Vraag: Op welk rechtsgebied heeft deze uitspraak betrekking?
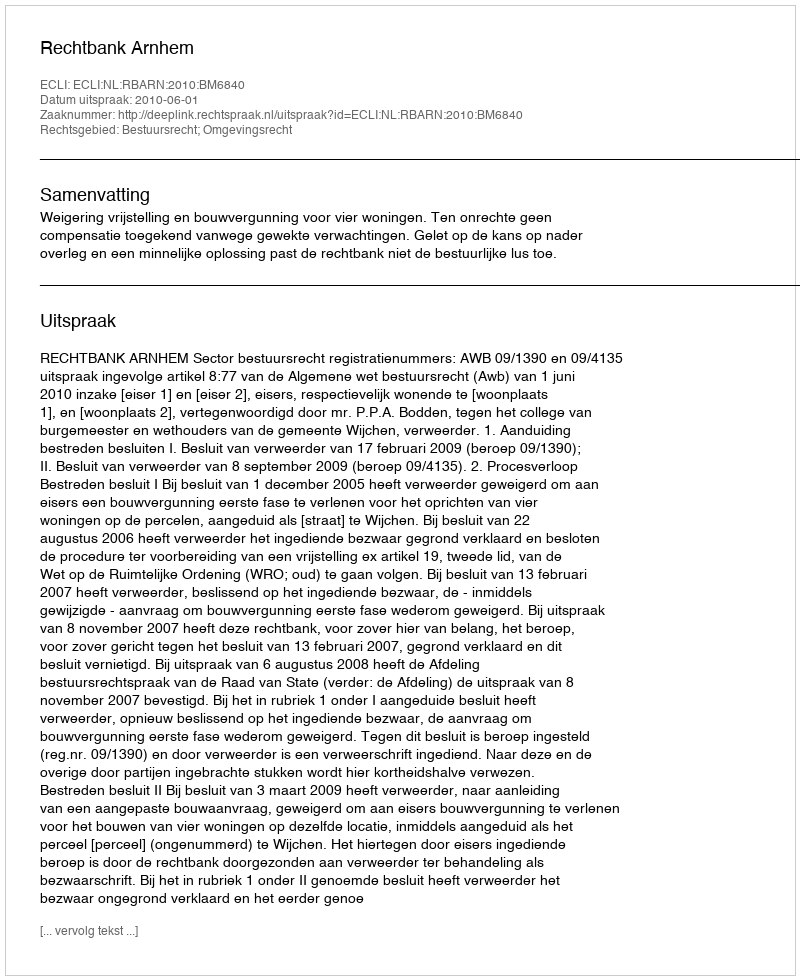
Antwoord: Bestuursrecht; Omgevingsrecht